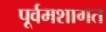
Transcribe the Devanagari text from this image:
पूर्वमशागत